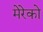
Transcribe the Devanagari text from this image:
मेरेको